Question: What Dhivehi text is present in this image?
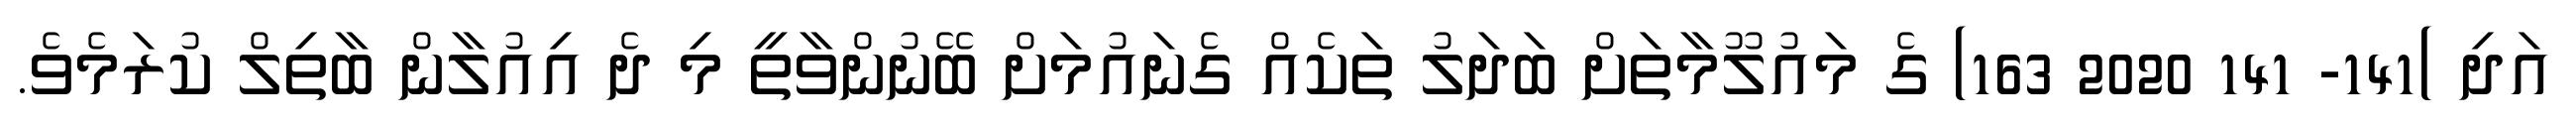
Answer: އަދި )141- 141 2020 163) ގެ މައުލޫމާތަށް ބަދަލު ތަކެއް ގެނައުމަށް ބޭނުންވާތީ މި ދެ އިއުލާން ބާތިލް ކުރަމެވެ.